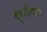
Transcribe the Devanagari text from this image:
दृश्यचित्रों